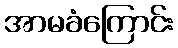
အာမခံကြောင်း